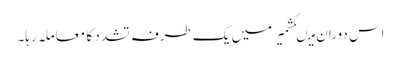
اس دوران میںکشمیر میں یک طرفہ تشدد کا معاملہ رہا۔